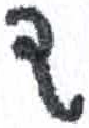
אות: ד